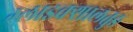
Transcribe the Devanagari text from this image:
ग्लाइक्शालतुङ